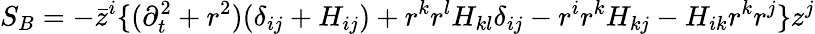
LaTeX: S_{B}=-\bar{z}^{i}\{ (\partial_{t}^{2}+r^{2})(\delta_{ij}+H_{ij})+r^{k}r^{l}H_{kl}\delta_{ij}-r^{i}r^{k}H_{kj}-H_{ik}r^{k}r^{j}\} z^{j}